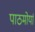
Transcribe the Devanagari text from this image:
पाठमोर्या